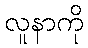
လူနာကို